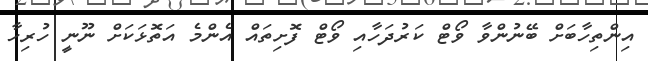
އިންތިހާބަށް ބޭނުންވާ ވޯޓް ކަރުދަހާއި ވޯޓް ފޮށިތައް އެންމެ އަތޮޅަކަށް ނޫނީ ހުރިހާ